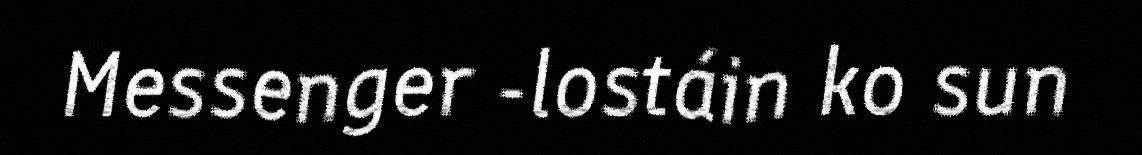
Messenger -lostáin ko sun